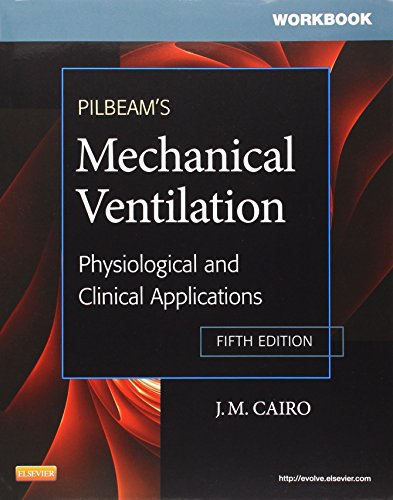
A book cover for Workbook for Pilbeam's Mechanical Ventilation: Physiological and Clinical Applications, 5e; Sandra T Hinski MS  RRT-NPS; Medical Books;